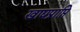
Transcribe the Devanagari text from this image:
खाद्यप्राप्ति